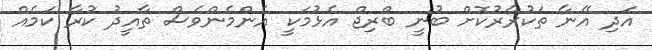
އަދި އޭނާ ތަކުރާރުކޮށް ބުނީ ބްރިޖް އެޅުމަކީ އެންމެންވެސް ތާއީދު ކުރާ ކަމެއް